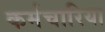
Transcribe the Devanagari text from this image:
कर्मचारिया